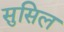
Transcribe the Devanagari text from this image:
सुसिल